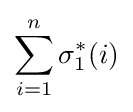
\sum _{i=1}^{n}\sigma _{1}^{*}(i)